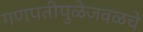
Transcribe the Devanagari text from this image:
गणपतीपुळेजवळचे